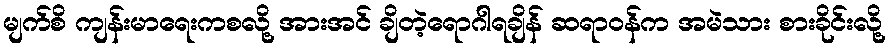
မျက်စိ ကျန်းမာရေးကစလို့ အားအင် ချိတဲ့ရောဂါရချိန် ဆရာဝန်က အမဲသား စားခိုင်းလို့